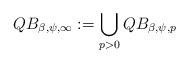
LaTeX: \begin{align*}QB_{\beta,\psi,\infty}:= \bigcup_{p>0}QB_{\beta,\psi,p}\end{align*}